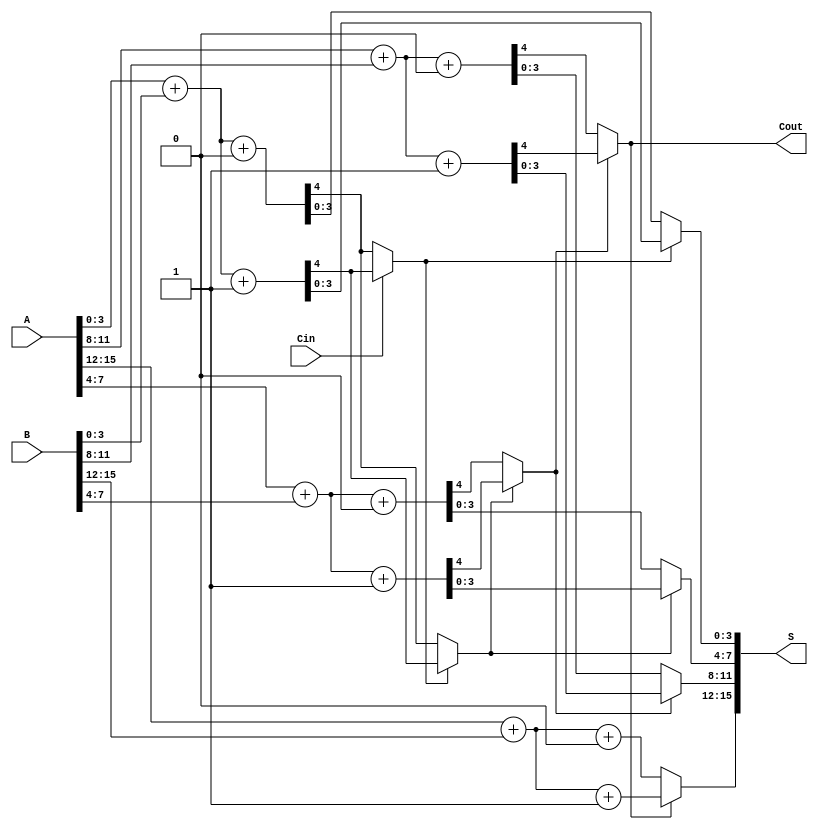
module CarrySelectAdder #(
    parameter n = 16, // Total bit-width of the inputs
    parameter k = 4   // Segment size
)(
    input [n-1:0] A,   // First n-bit input
    input [n-1:0] B,   // Second n-bit input
    input Cin,         // Input carry
    output [n-1:0] S,  // Sum output
    output Cout        // Output carry
);

    // Number of segments
    localparam num_segments = n / k;

    // Intermediate sums and carries
    wire [k-1:0] Sum0 [0:num_segments-1]; // Sums for Cin = 0
    wire [k-1:0] Sum1 [0:num_segments-1]; // Sums for Cin = 1
    wire Cout0 [0:num_segments-1];         // Carries for Cin = 0
    wire Cout1 [0:num_segments-1];         // Carries for Cin = 1
    wire [num_segments-1:0] carry;         // Carry outputs for each segment

    // Generate sums and carries for each segment
    genvar i;
    generate
        for (i = 0; i < num_segments; i = i + 1) begin : segment
            wire [k-1:0] A_segment = A[(i+1)*k-1 -: k];
            wire [k-1:0] B_segment = B[(i+1)*k-1 -: k];
            wire Cin_segment = (i == 0) ? Cin : carry[i-1];

            // Full adders for Cin = 0
            assign {Cout0[i], Sum0[i]} = A_segment + B_segment + 1'b0;

            // Full adders for Cin = 1
            assign {Cout1[i], Sum1[i]} = A_segment + B_segment + 1'b1;

            // Carry logic for the next segment
            if (i > 0) begin
                assign carry[i] = (Cin_segment) ? Cout1[i-1] : Cout0[i-1];
            end else begin
                assign carry[i] = Cin_segment ? Cout1[i] : Cout0[i];
            end
        end
    endgenerate

    // Final sum selection
    generate
        for (i = 0; i < num_segments; i = i + 1) begin : sum_selection
            assign S[(i+1)*k-1 -: k] = (carry[i]) ? Sum1[i] : Sum0[i];
        end
    endgenerate

    // Final carry out
    assign Cout = carry[num_segments-1];

endmodule